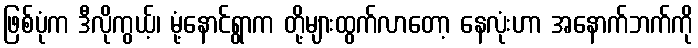
ဖြစ်ပုံက ဒီလိုကွယ့်၊ မုံ့နောင်ရွာက တို့များထွက်လာတော့ နေလုံးဟာ အနောက်ဘက်ကို